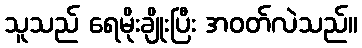
သူသည် ရေမိုးချိုးပြီး အဝတ်လဲသည်။